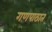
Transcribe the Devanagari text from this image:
गणपाठात